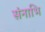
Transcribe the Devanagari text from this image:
संनाभि